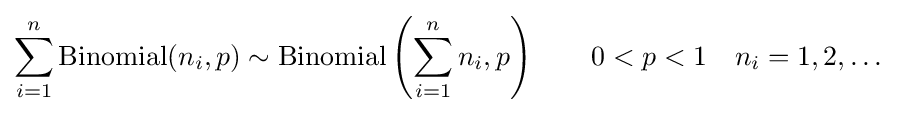
\sum _{i=1}^{n}\mathrm {Binomial} (n_{i},p)\sim \mathrm {Binomial} \left(\sum _{i=1}^{n}n_{i},p\right)\qquad 0<p<1\quad n_{i}=1,2,\dots